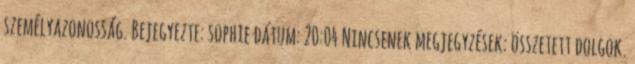
személyazonosság. Bejegyezte: sophie dátum: 20:04 Nincsenek megjegyzések: összetett dolgok.